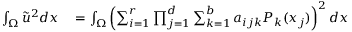
\begin{array} { r l } { \int _ { \Omega } \tilde { u } ^ { 2 } d x } & { { } = \int _ { \Omega } \left( \sum _ { i = 1 } ^ { r } \prod _ { j = 1 } ^ { d } \sum _ { k = 1 } ^ { b } a _ { i j k } P _ { k } ( x _ { j } ) \right) ^ { 2 } d x } \end{array}